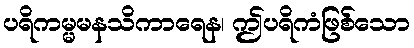
ပရိကမ္မမနသိကာရေန၊ ဤပရိကံဖြစ်သော